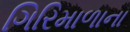
ગિરિમાળાના